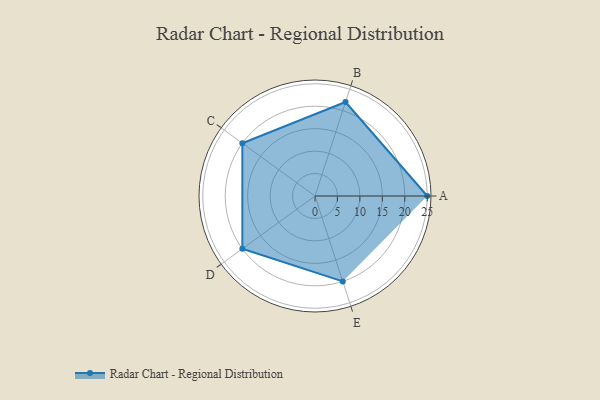
{"axis": {"x": "Skill", "y": "Score"}, "legend": ["Profile"], "data": [{"x": "A", "y": 25.0, "type": "Profile"}, {"x": "B", "y": 22.0, "type": "Profile"}, {"x": "C", "y": 20, "type": "Profile"}, {"x": "D", "y": 20, "type": "Profile"}, {"x": "E", "y": 20, "type": "Profile"}]}